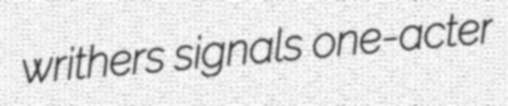
writhers signals one-acter